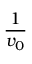
\frac { 1 } { v _ { 0 } }